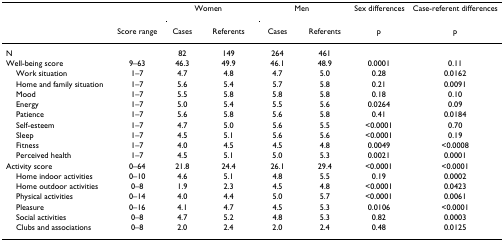
<table><thead><tr><td></td><td></td><td colspan="2"><b>Women</b></td><td colspan="2"><b>Men</b></td><td><b>Sex differences</b></td><td><b>Case-referent differences</b></td></tr><tr><td></td><td><b>Score range</b></td><td><b>Cases</b></td><td><b>Referents</b></td><td><b>Cases</b></td><td><b>Referents</b></td><td><b>p</b></td><td><b>p</b></td></tr></thead><tbody><tr><td>N</td><td></td><td>82</td><td>149</td><td>264</td><td>461</td><td></td><td></td></tr><tr><td>Well-being score</td><td>9–63</td><td>46.3</td><td>49.9</td><td>46.1</td><td>48.9</td><td>0.0001</td><td>0.11</td></tr><tr><td> Work situation</td><td>1–7</td><td>4.7</td><td>4.8</td><td>4.7</td><td>5.0</td><td>0.28</td><td>0.0162</td></tr><tr><td> Home and family situation</td><td>1–7</td><td>5.6</td><td>5.4</td><td>5.7</td><td>5.8</td><td>0.21</td><td>0.0091</td></tr><tr><td> Mood</td><td>1–7</td><td>5.5</td><td>5.8</td><td>5.8</td><td>5.8</td><td>0.18</td><td>0.10</td></tr><tr><td> Energy</td><td>1–7</td><td>5.0</td><td>5.4</td><td>5.5</td><td>5.6</td><td>0.0264</td><td>0.09</td></tr><tr><td> Patience</td><td>1–7</td><td>5.6</td><td>5.8</td><td>5.6</td><td>5.8</td><td>0.41</td><td>0.0184</td></tr><tr><td> Self-esteem</td><td>1–7</td><td>4.7</td><td>5.0</td><td>5.6</td><td>5.5</td><td>&lt;0.0001</td><td>0.70</td></tr><tr><td> Sleep</td><td>1–7</td><td>4.5</td><td>5.1</td><td>5.6</td><td>5.6</td><td>&lt;0.0001</td><td>0.19</td></tr><tr><td> Fitness</td><td>1–7</td><td>4.0</td><td>4.5</td><td>4.5</td><td>4.8</td><td>0.0049</td><td>&lt;0.0008</td></tr><tr><td> Perceived health</td><td>1–7</td><td>4.5</td><td>5.1</td><td>5.0</td><td>5.3</td><td>0.0021</td><td>0.0001</td></tr><tr><td>Activity score</td><td>0–64</td><td>21.8</td><td>24.4</td><td>26.1</td><td>29.4</td><td>&lt;0.0001</td><td>&lt;0.0001</td></tr><tr><td> Home indoor activities</td><td>0–10</td><td>4.6</td><td>5.1</td><td>4.8</td><td>5.5</td><td>0.19</td><td>0.0002</td></tr><tr><td> Home outdoor activities</td><td>0–8</td><td>1.9</td><td>2.3</td><td>4.5</td><td>4.8</td><td>&lt;0.0001</td><td>0.0423</td></tr><tr><td> Physical activities</td><td>0–14</td><td>4.0</td><td>4.4</td><td>5.0</td><td>5.7</td><td>&lt;0.0001</td><td>0.0061</td></tr><tr><td> Pleasure</td><td>0–16</td><td>4.1</td><td>4.7</td><td>4.5</td><td>5.3</td><td>0.0106</td><td>&lt;0.0001</td></tr><tr><td> Social activities</td><td>0–8</td><td>4.7</td><td>5.2</td><td>4.8</td><td>5.3</td><td>0.82</td><td>0.0003</td></tr><tr><td> Clubs and associations</td><td>0–8</td><td>2.0</td><td>2.4</td><td>2.0</td><td>2.4</td><td>0.48</td><td>0.0125</td></tr></tbody></table>